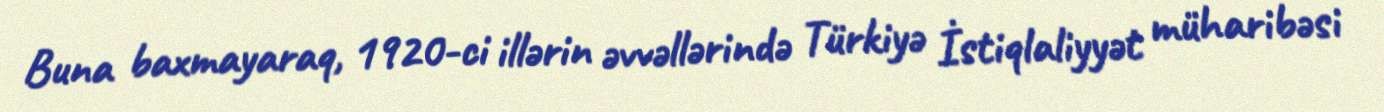
Buna baxmayaraq, 1920-ci illərin əvvəllərində Türkiyə İstiqlaliyyət müharibəsi